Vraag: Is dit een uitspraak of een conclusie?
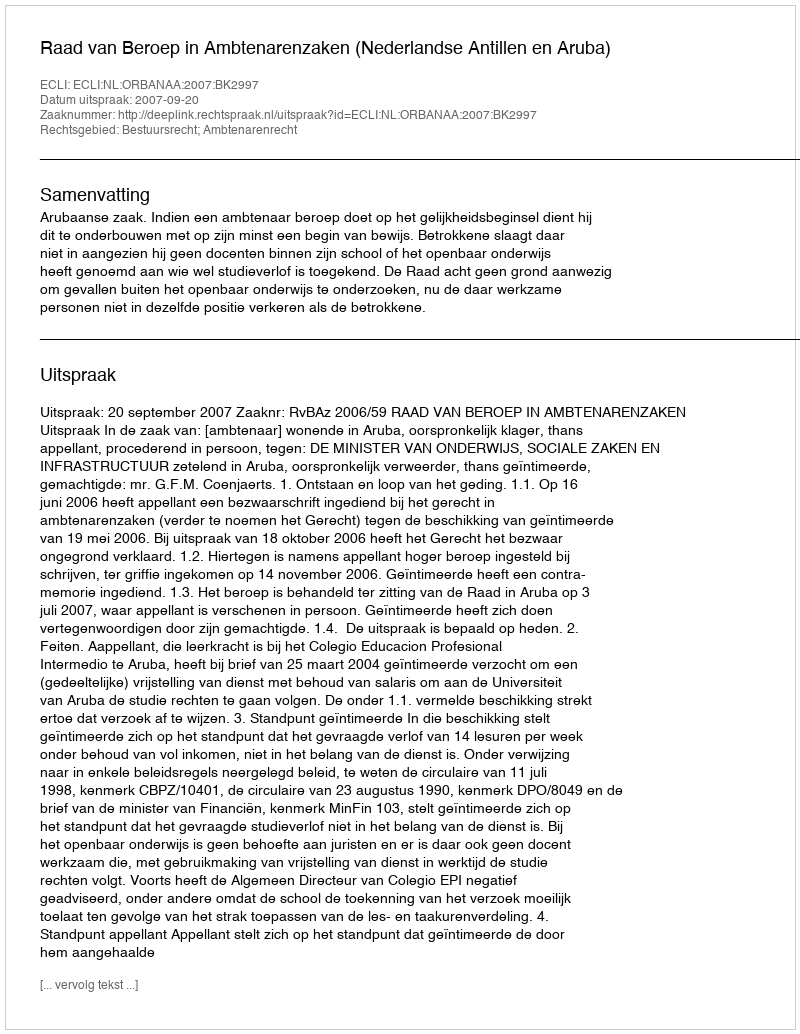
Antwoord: Uitspraak